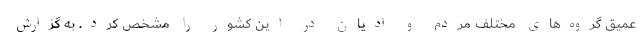
عمیق گروه‌های مختلف مردم و ادیان در این کشور را مشخص کرد. به گزارش